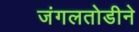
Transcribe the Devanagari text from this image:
जंगलतोडीने